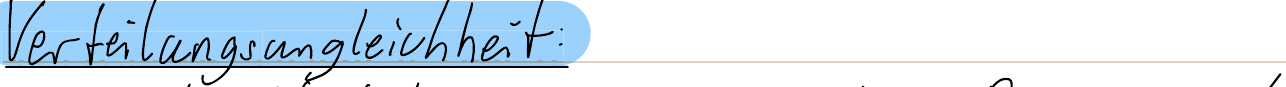
Verteilungsungleichheit: